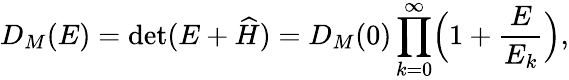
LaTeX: D_{M}(E)=\mathrm{det}(E+\widehat{H})=D_{M}(0)\prod_{k=0}^{\infty}\Bigl(1+\frac{E}{E_{k}}\Bigr),